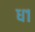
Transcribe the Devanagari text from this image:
ध१